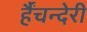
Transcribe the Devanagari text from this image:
र्हैंचन्देरी